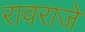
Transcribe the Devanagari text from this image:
रावराजे